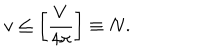
LaTeX: v \leq \left[ { \frac { V } { 4 \pi } } \right] \equiv N .